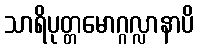
သာရိပုတ္တမောဂ္ဂလ္လာနာပိ